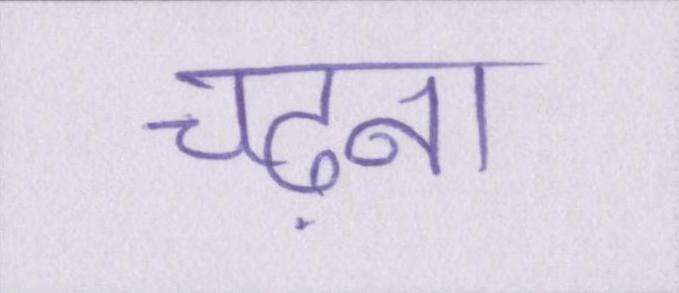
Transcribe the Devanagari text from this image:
चढ़ना